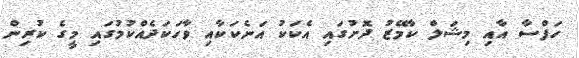
ހަފްސާ އާއި މިޝަލް ކާމޭޒު ދޮށުގައި އެކަކު އަނެކަކާއި ވާހަކަދެއްކުމުގައި މީގެ ކުރިން